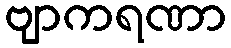
ဗျာကရဏာ